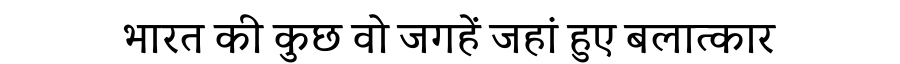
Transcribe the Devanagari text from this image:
भारत की कुछ वो जगहें जहां हुए बलात्कार